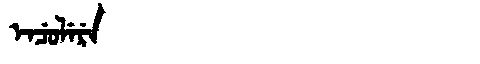
Manchu: ᡝᠨᠴᡠᠯᡝᡵᡝ
Romanization: ENCULERE